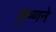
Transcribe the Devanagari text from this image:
कृष्‍णने